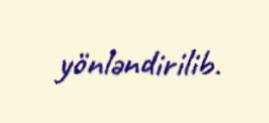
yönləndirilib.